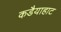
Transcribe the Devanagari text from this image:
कडैयाहाट